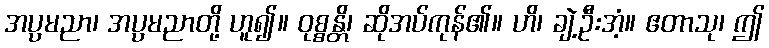
အပ္ပမညာ၊ အပ္ပမညာတို့ ဟူ၍။ ဝုစ္စန္တိ၊ ဆိုအပ်ကုန်၏။ ဟိ၊ ချဲ့ဦးအံ့။ ဧတာသု၊ ဤ